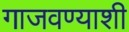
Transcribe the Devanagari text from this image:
गाजवण्याशी